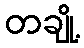
တချို့